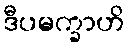
ဒီပမက္ခာဟိ